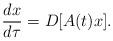
LaTeX: \begin{align*}\dfrac{dx}{d\tau}=D[A(t)x].\end{align*}